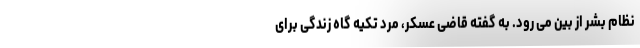
نظام بشر از بین می رود. به گفته قاضی عسکر، مرد تکیه گاه زندگی برای